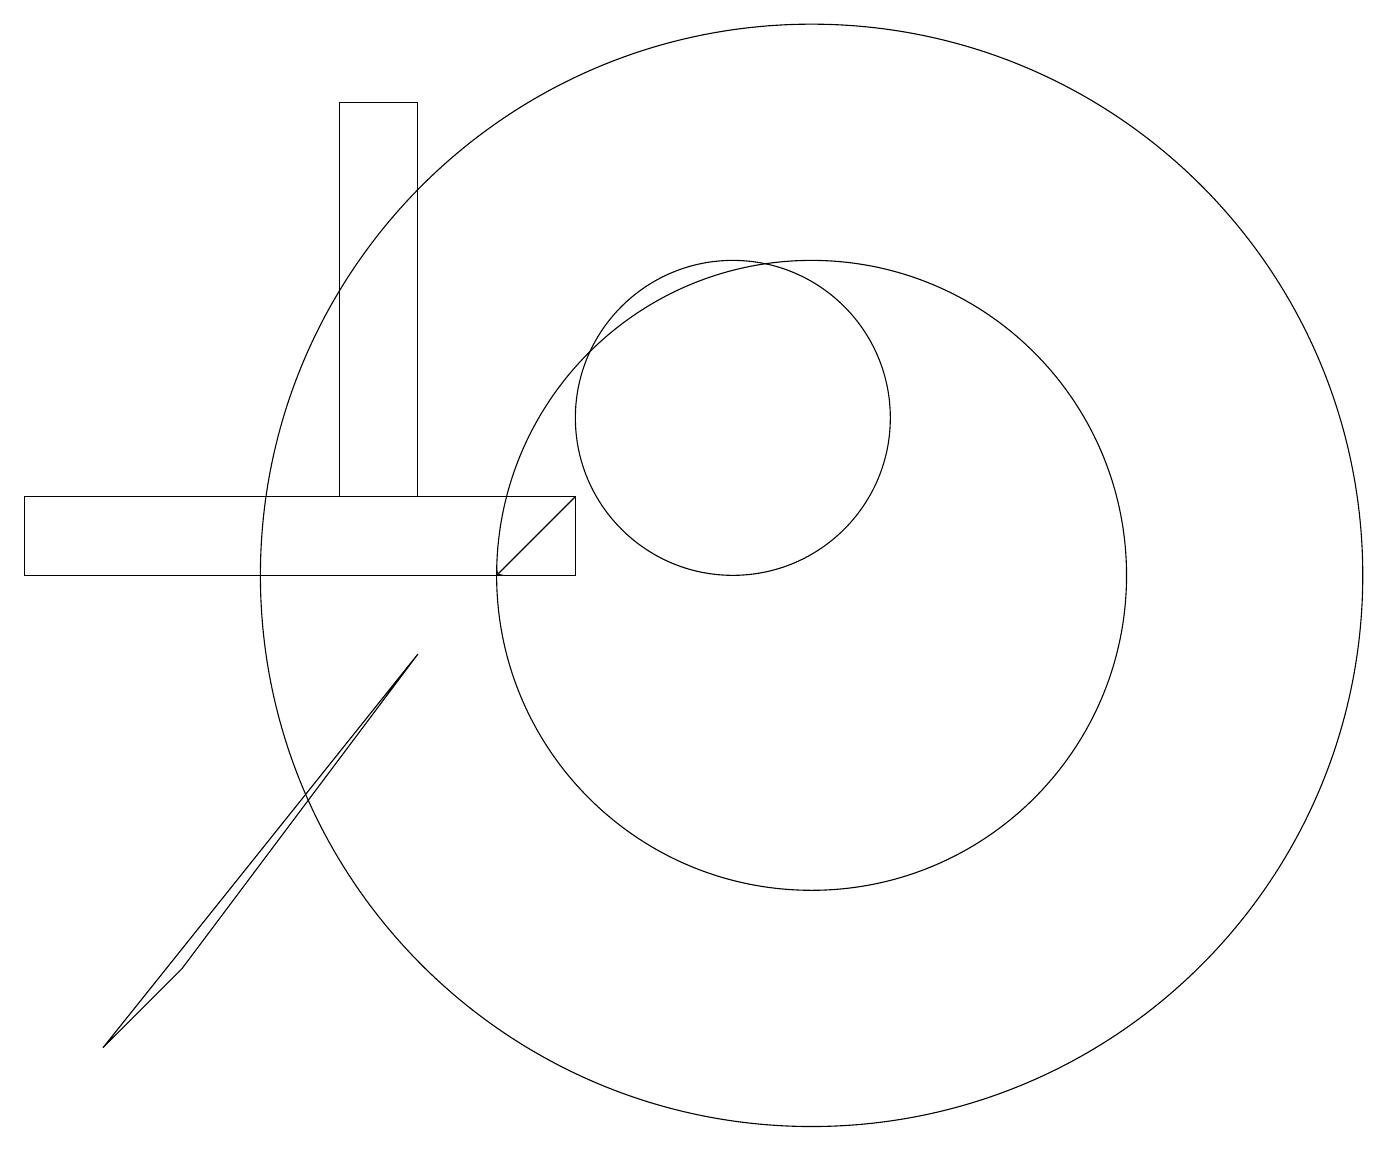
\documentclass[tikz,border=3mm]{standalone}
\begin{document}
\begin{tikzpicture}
\draw (6,9) -- (2,4) -- (3,5) -- cycle;
\draw[->] (8,11) -- (7,10);
\draw (1,11) rectangle (8,10);
\draw (10,12) circle (2);
\draw (5,11) rectangle (6,16);
\draw (11,10) circle (4);
\draw (11,10) circle (7);
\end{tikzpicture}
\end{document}